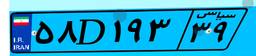
۵۸D۱۹۳۳۹